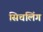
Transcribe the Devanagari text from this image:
सिचलिंग